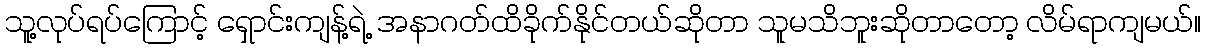
သူ့လုပ်ရပ်ကြောင့် ရှောင်းကျန့်ရဲ့ အနာဂတ်ထိခိုက်နိုင်တယ်ဆိုတာ သူမသိဘူးဆိုတာတော့ လိမ်ရာကျမယ်။